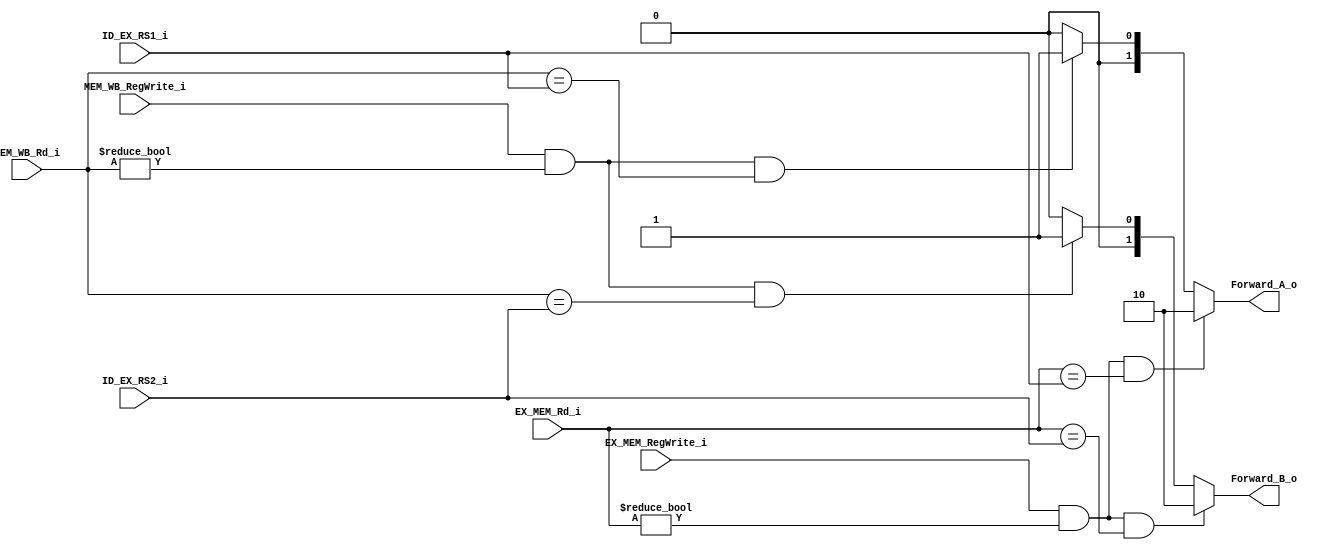
module Forwarding
(
    ID_EX_RS1_i,
    ID_EX_RS2_i,
    EX_MEM_Rd_i,
    EX_MEM_RegWrite_i,
    MEM_WB_Rd_i,
    MEM_WB_RegWrite_i,
    Forward_A_o,
    Forward_B_o,
);

    input   [4: 0]             ID_EX_RS1_i;
    input   [4: 0]             ID_EX_RS2_i;
    input   [4: 0]             EX_MEM_Rd_i;
    input                      EX_MEM_RegWrite_i;
    input   [4: 0]             MEM_WB_Rd_i;
    input                      MEM_WB_RegWrite_i;
    output  [1: 0]             Forward_A_o;
    output  [1: 0]             Forward_B_o;

    reg     [1: 0]             Forward_A_o;
    reg     [1: 0]             Forward_B_o;

    always @ (*) begin
        if (EX_MEM_RegWrite_i && EX_MEM_Rd_i != 5'b0 && EX_MEM_Rd_i == ID_EX_RS1_i) begin
            Forward_A_o <= 2'b10;
        end
        else if (MEM_WB_RegWrite_i && MEM_WB_Rd_i != 5'b0 && MEM_WB_Rd_i == ID_EX_RS1_i) begin
            Forward_A_o <= 2'b01;
        end
        else begin
            Forward_A_o <= 2'b00;
        end

        if (EX_MEM_RegWrite_i && EX_MEM_Rd_i != 5'b0 && EX_MEM_Rd_i == ID_EX_RS2_i) begin
            Forward_B_o <= 2'b10;
        end
        else if (MEM_WB_RegWrite_i && MEM_WB_Rd_i != 5'b0 && MEM_WB_Rd_i == ID_EX_RS2_i) begin
            Forward_B_o <= 2'b01;
        end
        else begin
            Forward_B_o <= 2'b00;
        end
    end

endmodule